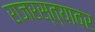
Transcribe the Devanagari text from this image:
राजरस्त्यावर